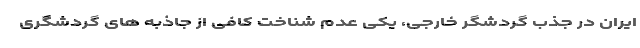
ایران در جذب گردشگر خارجی، یکی عدم شناخت کافی از جاذبه های گردشگری